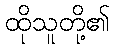
ထိုသူတို့၏